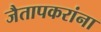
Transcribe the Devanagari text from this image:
जैतापकरांना